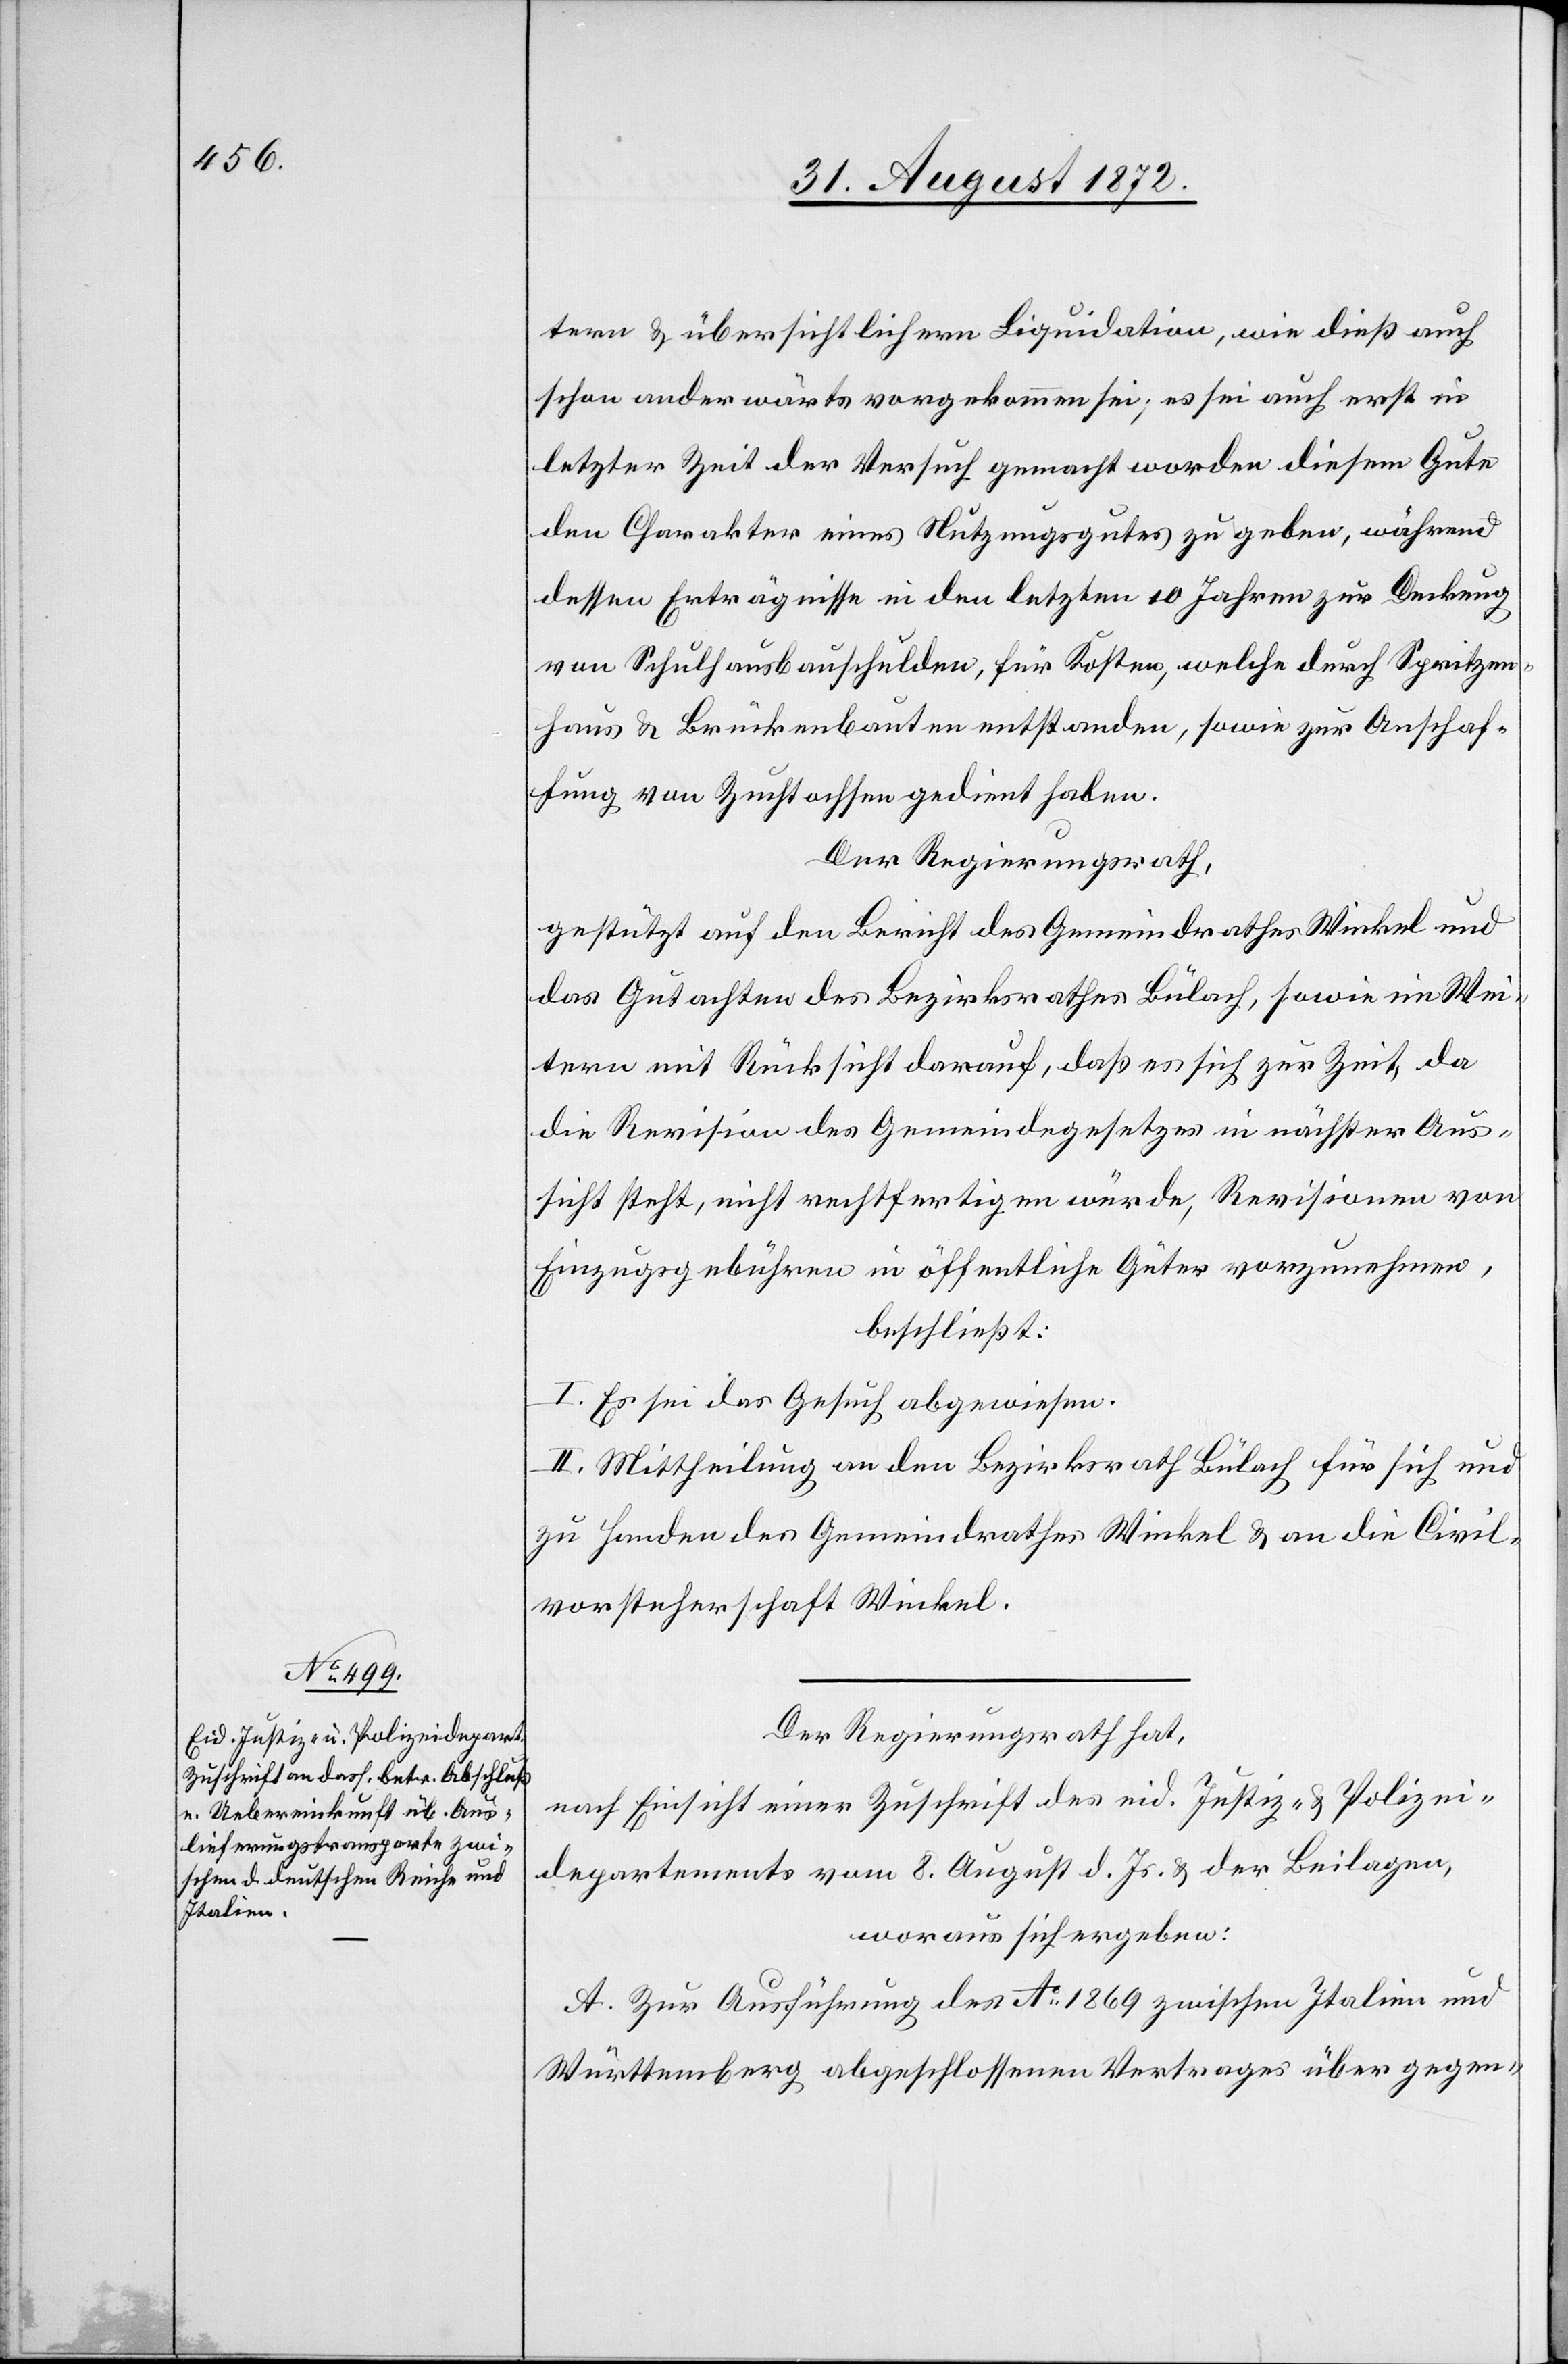
tern u. übersichtlichern Liquidation, wie dieß auch
schon anderwärts vorgekommen sei; es sei auch erst in
letzter Zeit der Versuch gemacht worden diesem Gute
den Charakter eines Nutzungsgutes zu geben, während
dessen Erträgnisse in den letzten 10 Jahren zur Deckung
von Schulhausbauschulden, für Kosten, welche durch Spritzen¬
haus u. Brückenbauten entstanden, sowie zur Anschaf¬
fung von Zuchtochsen gedient haben.
Der Regierungsrath,
gestützt auf den Bericht des Gemeindrathes Winkel und
das Gutachten des Bezirksrathes Bülach, sowie im Wei¬
tern mit Rücksicht darauf, daß es sich zur Zeit, da
die Revision des Gemeindegesetzes in nächster Aus¬
sicht steht, nicht rechtfertigen würde, Revisionen von
Einzugsgebühren in öffentliche Güter vorzunehmen,
beschließt:
I. Es sei das Gesuch abgewiesen.
II. Mittheilung an den Bezirksrath Bülach für sich und
zu Handen des Gemeindrathes Winkel u. an die Civil¬
vorsteherschaft Winkel.
Der Regierungsrath hat,
nach Einsicht einer Zuschrift des eid. Justiz- u. Polizei¬
departements vom 8. August d. Js. u. der Beilagen,
woraus sich ergeben:
A. Zur Ausführung des Ao 1869 zwischen Italien und
Württemberg abgeschlossenen Vertrages über gegen-